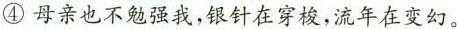
④母亲也不勉强我，银针在穿梭，流年在变幻。